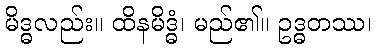
မိဒ္ဓလည်း။ ထိနမိဒ္ဓံ၊ မည်၏။ ဥဒ္ဓတဿ၊